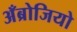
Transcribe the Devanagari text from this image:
अँब्रोजियो